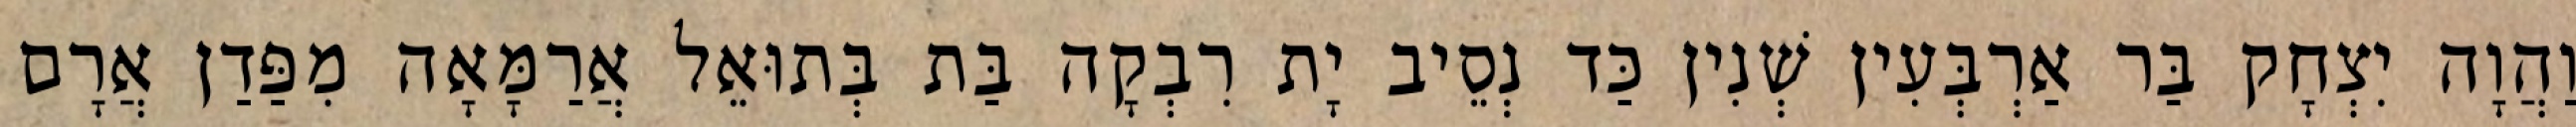
וַהֲוָה יִצְחָק בַּר אַרְבְּעִין שְׁנִין כַּד נְסֵיב יָת רִבְקָה בַּת בְּתוּאֵל אֲרַמָּאָה מִפַּדַן אֲרָם